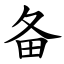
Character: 备